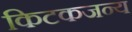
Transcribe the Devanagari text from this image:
किटकजन्य